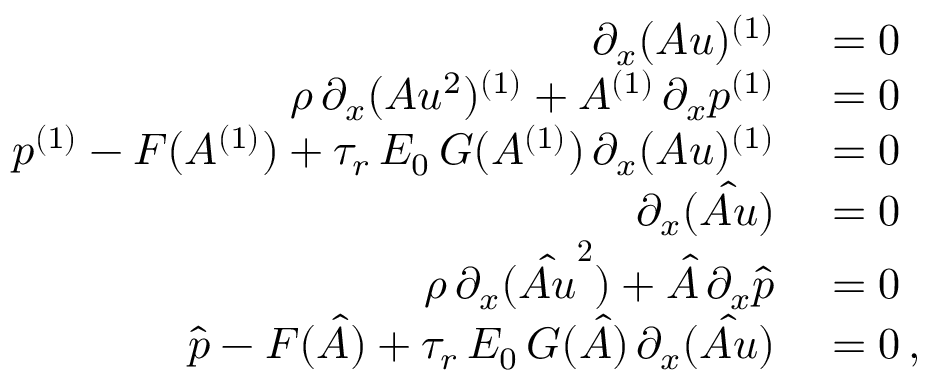
\begin{array} { r l } { \partial _ { x } ( A u ) ^ { ( 1 ) } } & { { } = 0 } \\ { \rho \, \partial _ { x } ( A u ^ { 2 } ) ^ { ( 1 ) } + A ^ { ( 1 ) } \, \partial _ { x } p ^ { ( 1 ) } } & { { } = 0 } \\ { p ^ { ( 1 ) } - F ( A ^ { ( 1 ) } ) + \tau _ { r } \, E _ { 0 } \, G ( A ^ { ( 1 ) } ) \, \partial _ { x } ( A u ) ^ { ( 1 ) } } & { { } = 0 } \\ { \partial _ { x } ( \boldsymbol { \hat { A u } } ) } & { { } = 0 } \\ { \rho \, \partial _ { x } ( \boldsymbol { \hat { A u } ^ { 2 } } ) + \boldsymbol { \hat { A } } \, \partial _ { x } \boldsymbol { \hat { p } } } & { { } = 0 } \\ { \boldsymbol { \hat { p } } - \boldsymbol { F } ( \boldsymbol { \hat { A } } ) + \tau _ { r } \, E _ { 0 } \, \boldsymbol { G } ( \boldsymbol { \hat { A } } ) \, \partial _ { x } ( \boldsymbol { \hat { A u } } ) } & { { } = 0 \, , } \end{array}